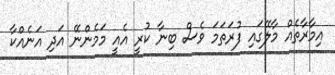
އިމާރާތެއް މާލޭގައި ފުރަތަމަ ވެސް ބިނާ ކުރީ އެއީ މަމެންނޭ އަދި އަނެއްކާ